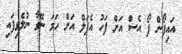
އައިފޯން ފޯ އެސް އަށް ފަހު އެޕަލް އަށް ހަމަ ނޭވާ ނުލެވިފައި